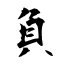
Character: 負